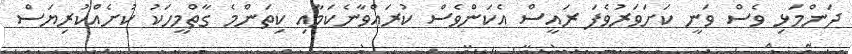
ދަންމަޅި ވެސް ވަނީ ކަށަވަރުވެފަ ރައީސް އެކަންވެސް ކުރައްވާނެކަމާއި ކިތަންމެ ގާތްމީހަކު ކުށެއްކުރިޔަސް